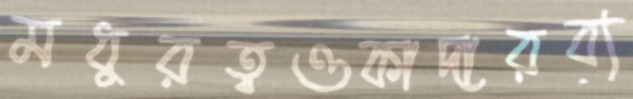
মধুরত্বওকাদারব্য